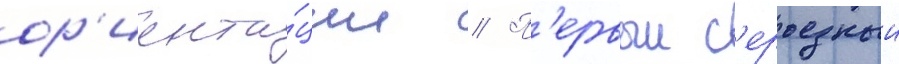
ор'иента́ции // П'ервыи с'ерьезныи